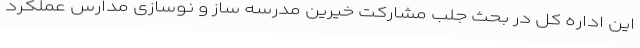
این اداره کل در بحث جلب مشارکت‌ خیرین مدرسه ساز و نوسازی مدارس عملکرد